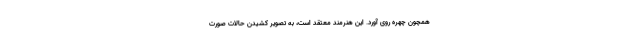
همچون چهره روی آورد. این هنرمند معتقد است، به تصویر کشیدن حالات صورت